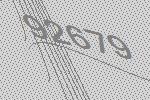
92679